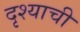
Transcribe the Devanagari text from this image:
दृश्याची